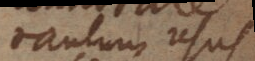
tantum usus